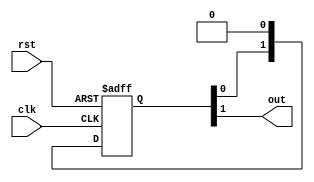
/****************************************************************************

                        ---- rst_bridge ----

    Reset bridge with asynchronous assertion and synchronous de-assertion.

****************************************************************************/

module rst_bridge #(
    // Is reset initially asserted or de-asserted
    parameter INITIAL_VAL = 1'b1
) (
    input clk,  // clock
    input rst,  // 'dirty' asynchronous reset (async assert, async de-assert)
    output out  // 'clean' asynchronous reset (async assert, sync de-assert)
);

    reg [1:0] r = {INITIAL_VAL, INITIAL_VAL};

    always @(posedge clk or posedge rst)
        if (rst)
            {r[1], r[0]} <= {1'b1, 1'b1};
        else
            {r[1], r[0]} <= {r[0], 1'b0};

    assign out = r[1];

endmodule